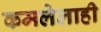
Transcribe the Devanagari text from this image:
कमलेलाही